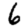
Digit: 6